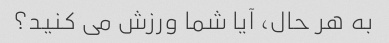
به هر حال، آیا شما ورزش می کنید؟